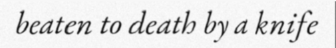
beaten to death by a knife